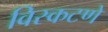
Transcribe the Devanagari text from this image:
विस्कटणे